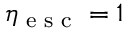
\eta _ { \textup { e s c } } = 1